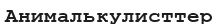
Анималькулисттер